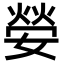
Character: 嫈